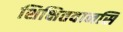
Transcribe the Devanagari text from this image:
शिक्षितवानसि